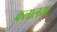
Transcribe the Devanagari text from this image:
कलालया